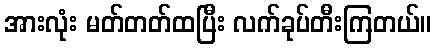
အားလုံး မတ်တတ်ထပြီး လက်ခုပ်တီးကြတယ်။